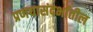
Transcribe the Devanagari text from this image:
प्रणयासंदर्भातील